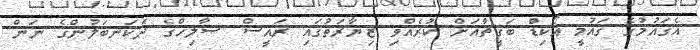
އެގައުމުގެ ގައުމީ އޯކިޑް ބަގީޗާއަށް ކުރެއްވި ޒިޔާރަތުގައި ރައީސް ޞާލިހްގެ ދެކަނބަލުންގެ ނަން